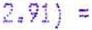
2.91) =